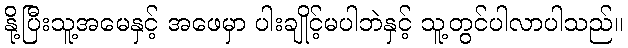
နို့ပြီးသူ့အမေနှင့် အဖေမှာ ပါးချိုင့်မပါဘဲနှင့် သူ့တွင်ပါလာပါသည်။